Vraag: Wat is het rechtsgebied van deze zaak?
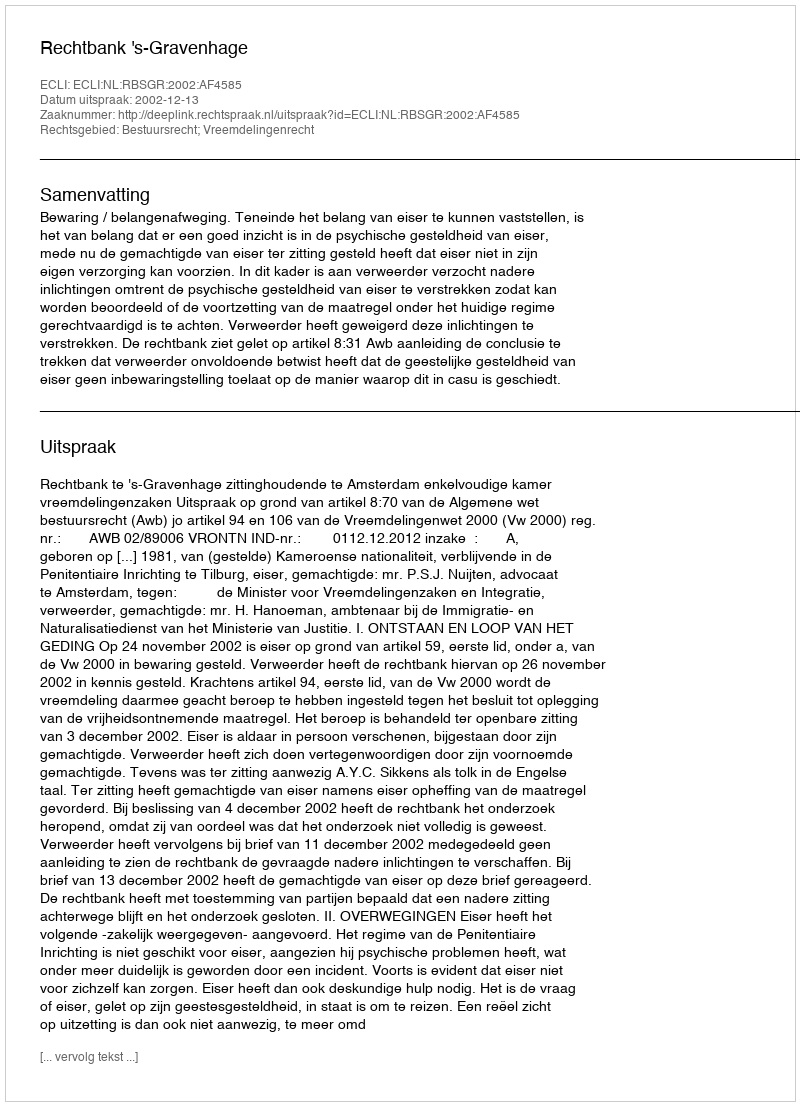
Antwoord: Bestuursrecht; Vreemdelingenrecht